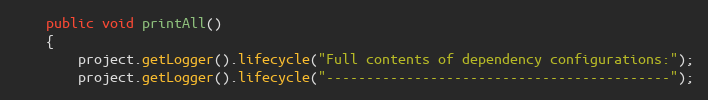
Language: Java
    public void printAll()
    {
        project.getLogger().lifecycle("Full contents of dependency configurations:");
        project.getLogger().lifecycle("-------------------------------------------");